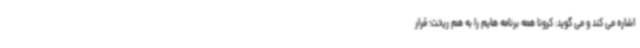
اشاره می کند و می گوید: کرونا همه برنامه هایم را به هم ریخت؛ قرار